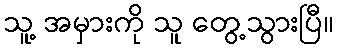
သူ့ အမှားကို သူ တွေ့သွားပြီ။